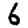
Digit: 6